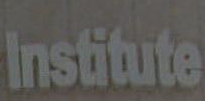
Institute